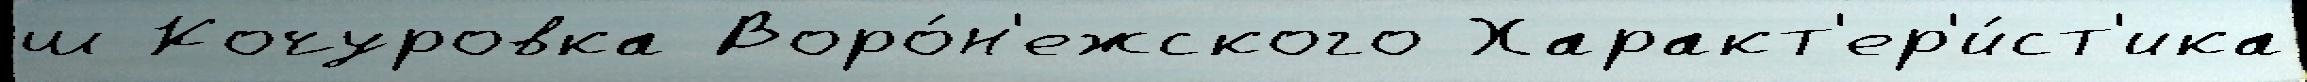
ш Кочуровка Воро́н'ежского Характ'ер'и́ст'ика